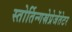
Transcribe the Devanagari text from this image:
स्तोर्तिन्गस्रेप्रेजेंतेटर